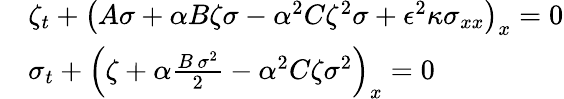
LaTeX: \begin{array}{rl}&{\zeta_{t}+\left(A{\sigma}+\alpha B{\zeta}{\sigma}-\alpha^{2}C{\zeta}^{2}{\sigma}+\epsilon^{2}\kappa{\sigma}_{xx}\right)_{x}=0}\\ &{\sigma_{t}+\left({\zeta}+\alpha\frac{B\, {\sigma}^{2}}{2}-\alpha^{2}C{\zeta}{\sigma}^{2}\right)_{x}=0}\end{array}